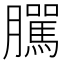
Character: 𦢷